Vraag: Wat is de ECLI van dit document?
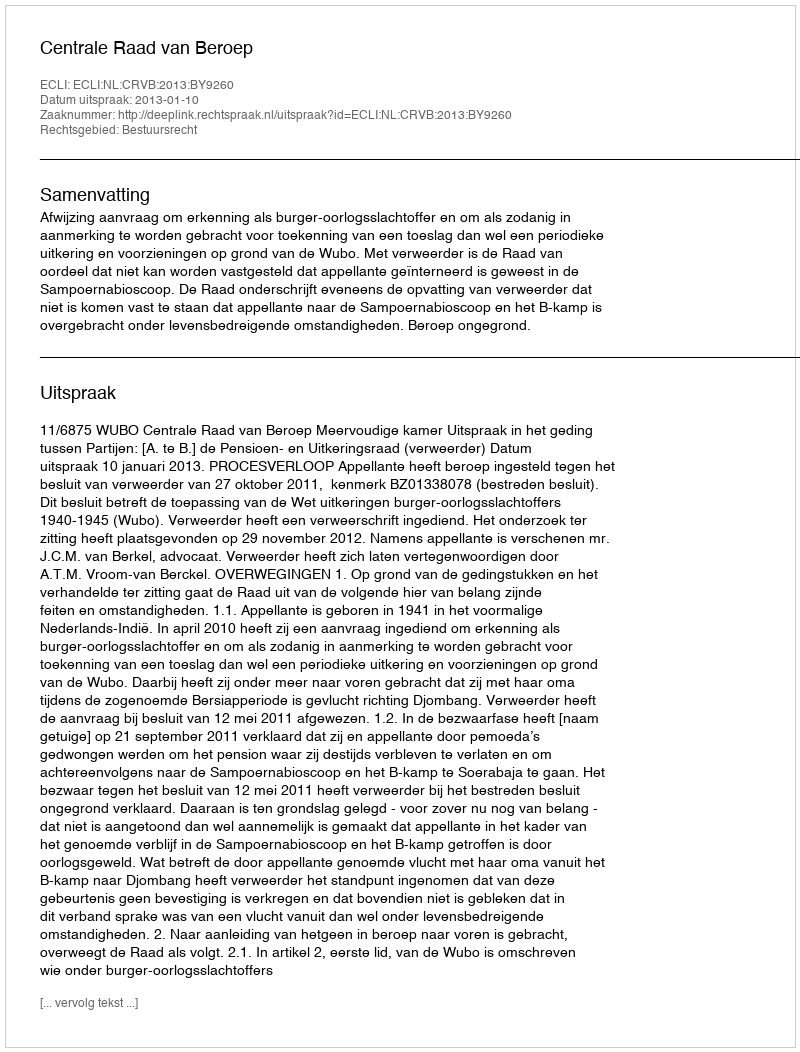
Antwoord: ECLI:NL:CRVB:2013:BY9260